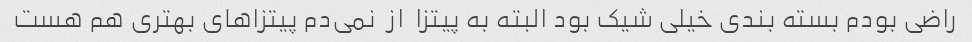
راضی بودم بسته بندی خیلی شیک بود البته به پیتزا  از  نمی‌دم پیتزاهای بهتری هم هست